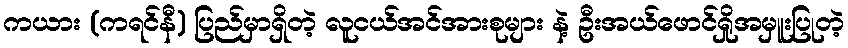
ကယား (ကရင်နီ) ပြည်မှာရှိတဲ့ လူငယ်အင်အားစုများ နဲ့ ဦးအယ်ဖောင်ရှိုအမှူးပြုတဲ့